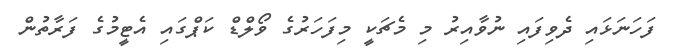
ފަހަނަޅައި ދެވިފައި ނުވާއިރު މި މެޗަކީ މިފަހަރުގެ ވޯލްޑް ކަޕްގައި އެޓީމުގެ ފަރާތުން